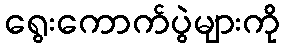
ရွေးကောက်ပွဲများကို